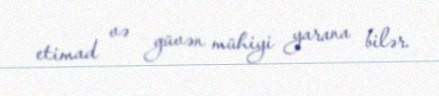
etimad və güvən mühiyi yarana bilər.